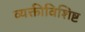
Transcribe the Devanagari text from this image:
व्यक्तीविशिष्ट